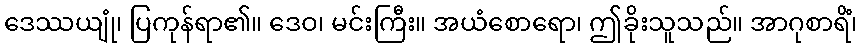
ဒေဿယျုံ၊ ပြကုန်ရာ၏။ ဒေဝ၊ မင်းကြီး။ အယံစောရော၊ ဤခိုးသူသည်။ အာဂုစာရိံ၊